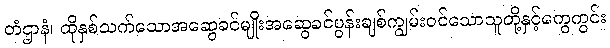
တံဌာနံ၊ ထိုနှစ်သက်သောအဆွေခင်မျိုးအဆွေခင်ပွန်းချစ်ကျွမ်းဝင်သောသူတို့နှင့်ကွေကွင်း